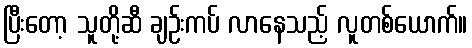
ပြီးတော့ သူတို့ဆီ ချဉ်းကပ် လာနေသည့် လူတစ်ယောက်။